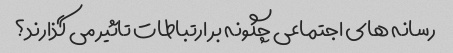
رسانه های اجتماعی چگونه بر ارتباطات تاثیر می گذارند؟